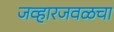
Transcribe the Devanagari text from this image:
जव्हारजवळचा